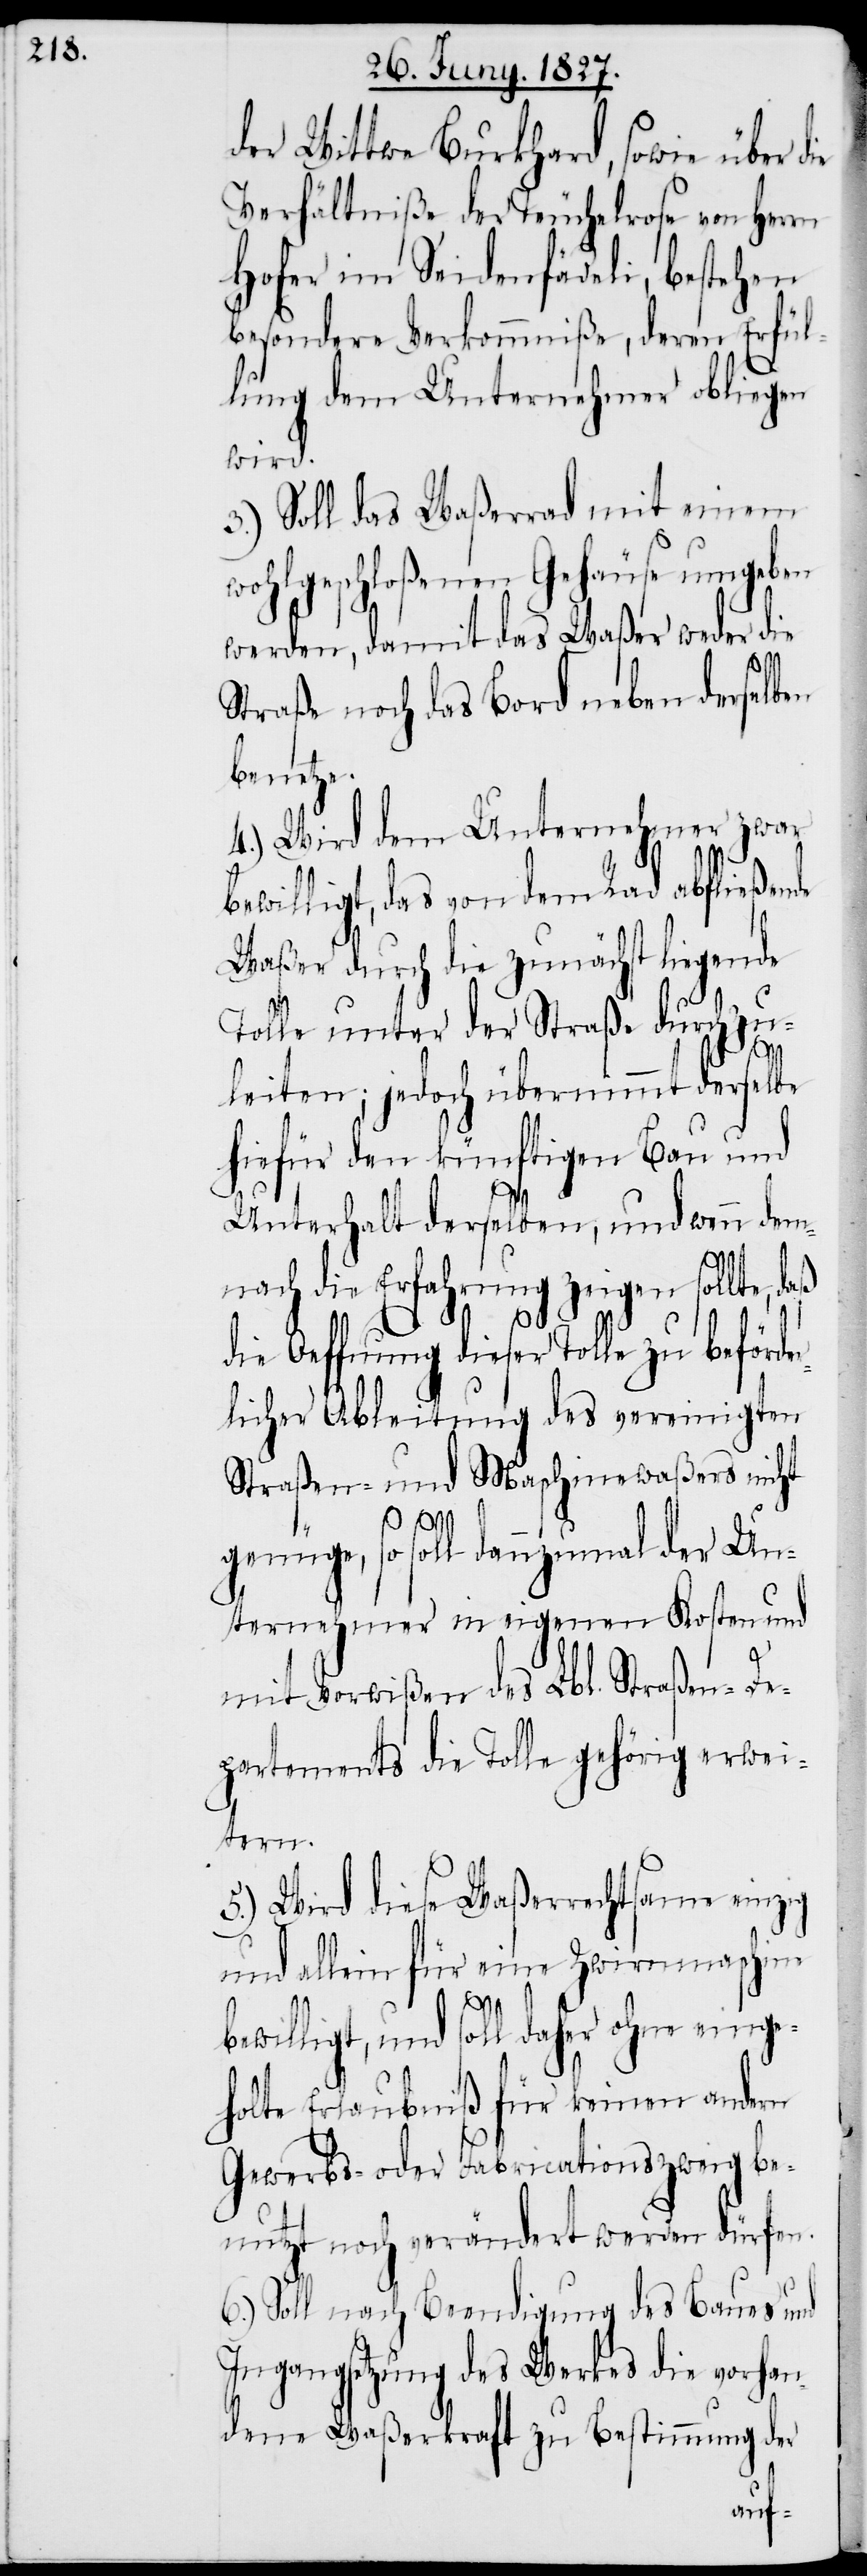
der Wittwe Burkhard, sowie über d¬
Verhältniße der Teuchelrose von Herrn
Hofer im Seidenfädeli, bestehen
besondere Verkommniße, deren Erfül¬
lung dem Unternehmer obliegen
wird.
3.) Soll das Waßerrad mit einem
wohlgeschloßenen Gehäuse umgeben
werden, damit das Waßer weder die
Straße noch das Bord neben derselben
benetze.
4.) Wird dem Unternehmer zwar
bewilligt, das von dem Rad abfließende
Waßer durch die zunächst liegende
Tolle unter der Straße durchzu¬
ie
leiten; jedoch übernimmt derselbe
hiefür den künftigen Bau und
Unterhalt derselben, und wenn dem¬
nach die Erfahrung zeigen sollte, daß
die Oeffnung dieser Tolle zu beförde¬
rlicher Ableitung des vereinigten
Straßen- und Maschinenwaßers nicht
genüge, so soll dannzumal der Un¬
ternehmer in eigenen Kosten und
mit Vorwißen des Llb. Straßen-De¬
partements die Tolle gehörig erwei¬
tern.
5.) Wird diese Waßerrechtsame einzig
und allein für eine Zwirnmaschine
bewilligt, und soll daher ohne einge¬
holte Erlaubniß für keinen andern
Gewerbs- oder Fabricationszweig be¬
nutzt noch verändert werden dürfen.
6.) Soll nach Beendigung des Baues und
Ingangsetzung des Werkes die vorhan¬
dene Waßerkraft zu Bestimmung der